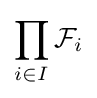
\prod _{i\in I}{\mathcal {F}}_{i}